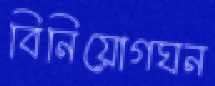
বিনিয়োগঘন